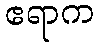
ဧရာက